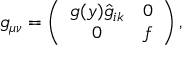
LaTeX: g _ { \mu \nu } = \left( \begin{array} { c c } { { g ( y ) \hat { g } _ { i k } } } & { { 0 } } \\ { { 0 } } & { { f } } \end{array} \right) ,